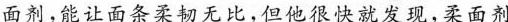
面剂，能让面条柔韧无比，但他很快发现，柔面剂